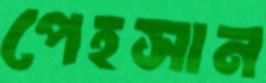
পেহসান